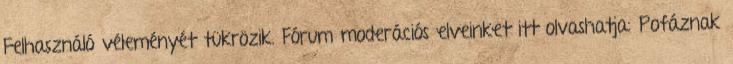
Felhasználó véleményét tükrözik. Fórum moderációs elveinket itt olvashatja: Pofáznak